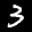
Label: 3